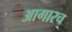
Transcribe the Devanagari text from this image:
आगारच